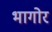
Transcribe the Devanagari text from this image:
भागोर